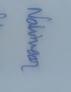
Signature authenticity: genuine